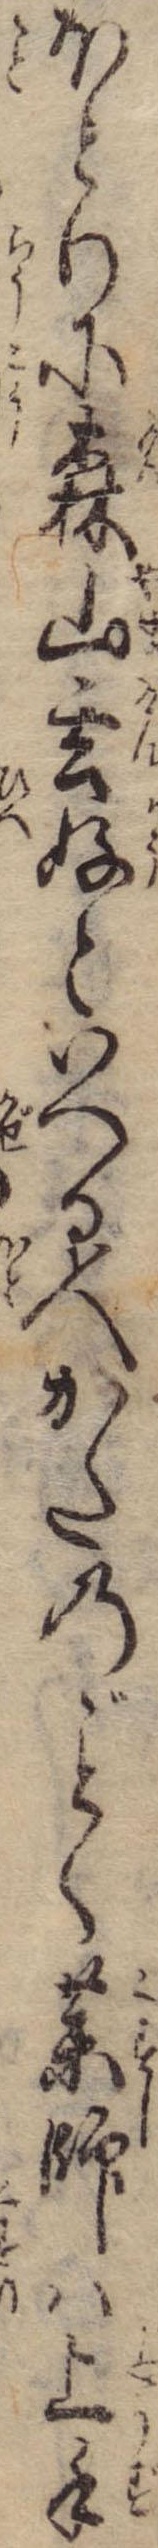
ほとりに森山玄好といへる人かたのく薬師は上手